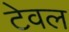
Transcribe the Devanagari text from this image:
टेवल